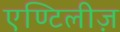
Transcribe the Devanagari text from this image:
एण्टिलीज़